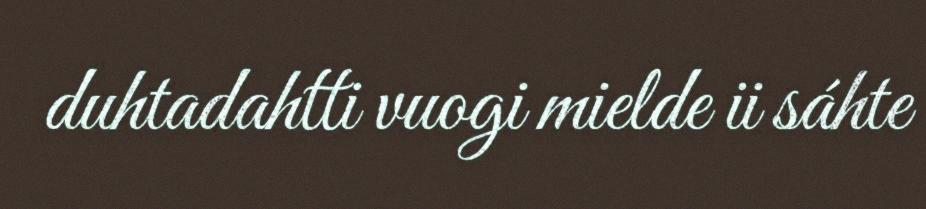
duhtadahtti vuogi mielde ii sáhte